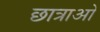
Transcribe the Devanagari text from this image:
छात्राओ